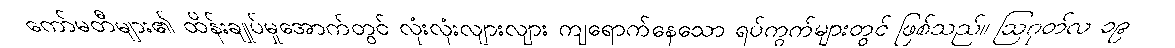
ကော်မတီများ၏ ထိန်းချုပ်မှုအောက်တွင် လုံးလုံးလျားလျား ကျရောက်နေသော ရပ်ကွက်များတွင် ဖြစ်သည်။ ဩဂုတ်လ ၁၉